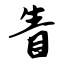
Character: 眚